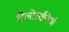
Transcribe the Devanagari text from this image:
शैलोत्कीर्ण